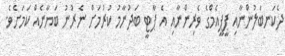
ދެކަނބަލުންނާއި ޕީޕީއެމްގެ ވެރިންނާއި އެ ޕާޓީ ބަދުނާމު ކުރުމަށް ނެރުނު ބަޔާނެއް ކަމަށެވެ.